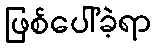
ဖြစ်ပေါ်ခဲ့ရာ